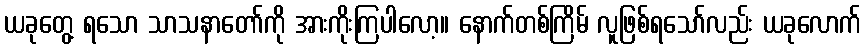
ယခုတွေ့ ရသော သာသနာတော်ကို အားကိုးကြပါလော့။ နောက်တစ်ကြိမ် လူဖြစ်ရသော်လည်း ယခုလောက်